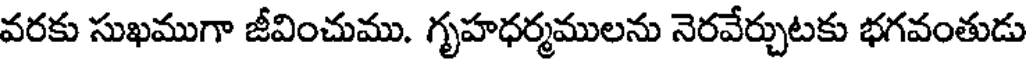
వరకు సుఖముగా జీవించుము. గృహధర్మములను నెరవేర్చుటకు భగవంతుడు